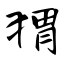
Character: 猬